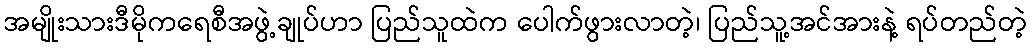
အမျိုးသားဒီမိုကရေစီအဖွဲ့ချုပ်ဟာ ပြည်သူထဲက ပေါက်ဖွားလာတဲ့၊ ပြည်သူ့အင်အားနဲ့ ရပ်တည်တဲ့